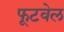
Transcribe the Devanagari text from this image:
फूटवेल